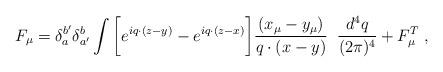
LaTeX: \begin{align*}F_\mu=\delta_a^{b'}\delta_{a'}^b\int \bigg\lbrack e^{iq\cdot (z-y)}-e^{iq\cdot(z-x)}\bigg\rbrack{(x_\mu-y_\mu)\over q\cdot (x-y)}\; \; {d^4q\over (2\pi)^4}+F_\mu^T\; ,\end{align*}